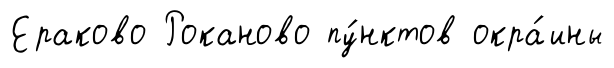
Ераково Роканово пу́нктов окра́ины